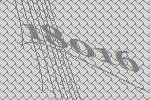
18016